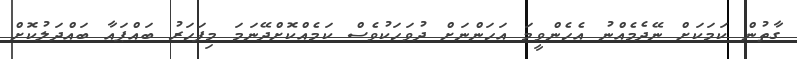
ގާތުން ކަމަކަށް ނޭދެމެއްނު އެހެންވީމަ އަހަންނަށް ދުވަހަކުވެސް ކަމެއްކޮށްދޭނަމަ މިފަހަރު ބައްޕައާ ބައްދަލުކޮށް